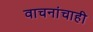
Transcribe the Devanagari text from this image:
वाचनांचाही